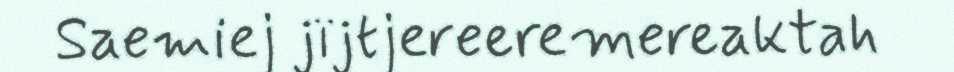
Saemiej jïjtjereeremereaktah